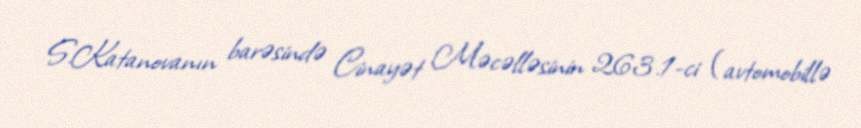
S.Katanovanın barəsində Cinayət Məcəlləsinin 263.1-ci (avtomobillə